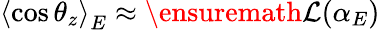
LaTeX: \left<\cos\theta_{z}\right>_{E}\approx\ensuremath{\mathcal{L}}(\alpha_{E})